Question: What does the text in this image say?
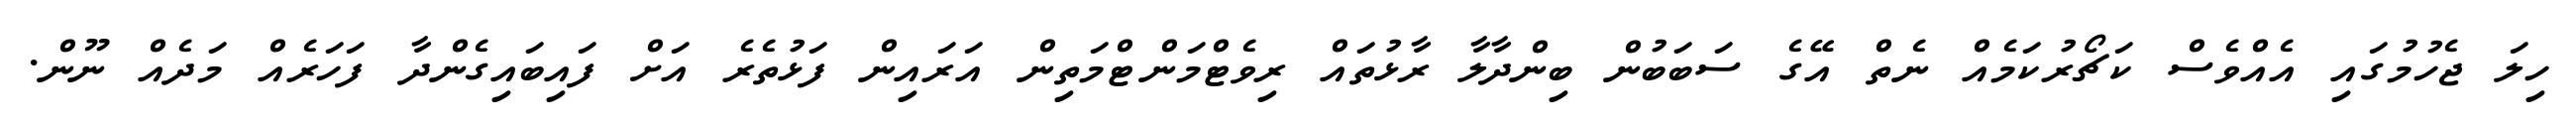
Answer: ހިލަ ޖެހުމުގައި އެއްވެސް ކަޗޯރުކަމެއް ނެތް އޭގެ ސަބަބުން ބިންދާލާ ރާޅުތައް ރިވެޓްމަންޓްމަތިން އަރައިން ފަޅުތެރެ އަށް ފައިބައިގެންދާ ފަހަރެއް މަދެއް ނޫން.